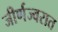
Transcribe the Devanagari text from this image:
जीर्णज्वरात